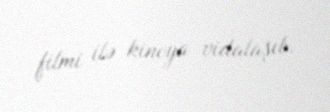
filmi ilə kinoya vidalaşıb.